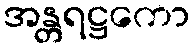
အန္တရဋ္ဌကော